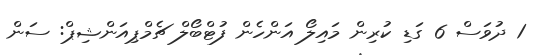
1 ދުވަސް 6 ގަޑި ކުރިން މައިލޯ އަންހެން ފުޓްބޯލް ޗެމްޕިއަންޝިޕް: ސަން